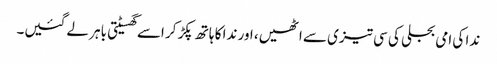
ندا کی امی بجلی کی سی تیزی سے اٹھیں، اور ندا کا ہاتھ پکڑ کر اسے گھسیٹتی باہر لے گئیں۔